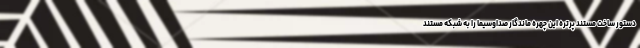
دستور ساخت مستند پرتره این چهره ماندگار صداوسیما را به شبکه مستند